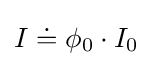
I\doteq \phi _{0}\cdot I_{0}